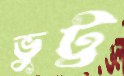
ভুট্ট